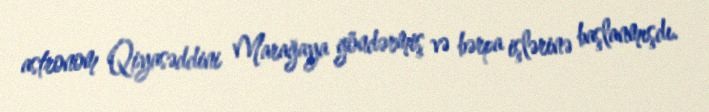
astronom Qiyasəddini Marağaya göndərmiş və bərpa işlərinə başlanmışdı.